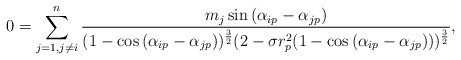
\begin{align*} 0=\sum\limits_{j=1, j\neq i}^{n}\frac{m_{j}\sin{(\alpha_{ip}-\alpha_{jp})}}{(1-\cos{(\alpha_{ip}-\alpha_{jp})})^{\frac{3}2}(2-\sigma r_{p}^{2}(1-\cos{(\alpha_{ip}-\alpha_{jp})}))^{\frac{3}{2}}}, \end{align*}